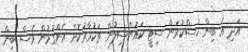
އަދި އެ ބިން ހުސްކުރަން ސިޓީ ކައުންސިލުން ތަކުރާރުކޮށް އެންގުމުން ވެސް ބިން